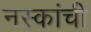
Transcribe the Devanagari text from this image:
नस्कांची